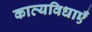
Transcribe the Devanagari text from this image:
काव्यविधाएँ